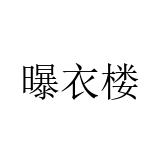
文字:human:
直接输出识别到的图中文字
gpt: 曝衣楼